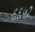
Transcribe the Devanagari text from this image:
६६५२